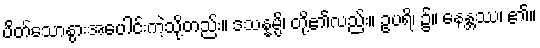
ပိတ်သောနွားအပေါင်းကဲ့သို့တည်း။ ဒသန္နမ္ပိ၊ တို့၏လည်း။ ဥပရိ၊ ၌။ နေန္တဿ၊ ၏။